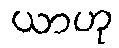
ယာဟု